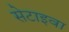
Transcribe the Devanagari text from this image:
सेटाइवा